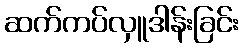
ဆက်ကပ်လှူဒါန်းခြင်း